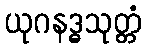
ယုဂနဒ္ဓသုတ္တံ